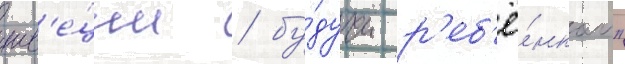
шв'е́ции / бу́дучи р'еб'ё́нком"